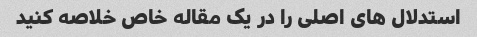
استدلال های اصلی را در یک مقاله خاص خلاصه کنید